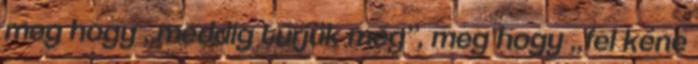
meg hogy „meddig tűrjük még”, meg hogy „fel kéne